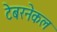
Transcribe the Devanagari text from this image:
टेबरनेकल